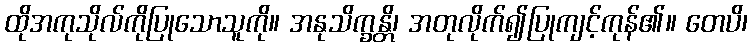
ထိုအကုသိုလ်ကိုပြုသောသူကို။ အနုသိက္ခန္တိ၊ အတုလိုက်၍ပြုကျင့်ကုန်၏။ တေပိ၊